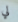
لي